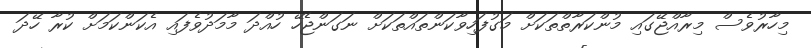
މިހާރުވެސް މިރާއްޖޭގައި މުންކަރާތްތަކަށް މަގުފަހިވާކަންތައްތަކަށް ނަގަންޖެހޭ ހުއްދަ މާމަދުވެފައި އެކަންކަމަށް ކުރާ ހޭދަ